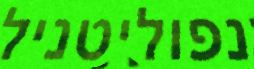
נפוליטניל